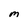
Character: M